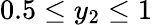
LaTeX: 0.5\leq y_{2}\leq 1